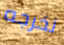
نخرجه